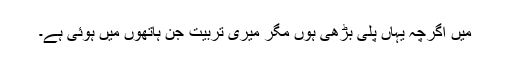
میں اگرچہ یہاں پلی بڑھی ہوں مگر میری تربیت جن ہاتھوں میں ہوئی ہے۔